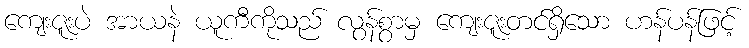
ကျေးဇူးပဲ အာယနဲ ယူကီကိုသည် လွန်စွာမှ ကျေးဇူးတင်ရှိသော ဟန်ပန်ဖြင့်